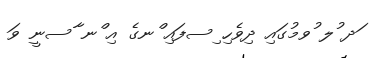
ަދ ުލ ުވމުގައި ދިވެހި ިސފައި ްނގެ އި ްނ ާސނީ ވަ